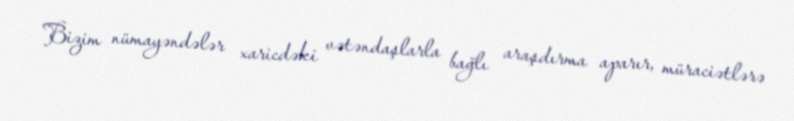
Bizim nümayəndələr xaricdəki vətəndaşlarla bağlı araşdırma aparır, müraciətlərə